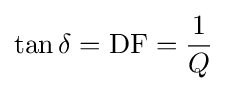
\tan \delta =\mathrm {DF} ={\frac {1}{Q}}